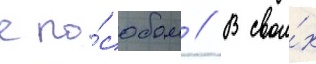
спо́собом // В свои́х